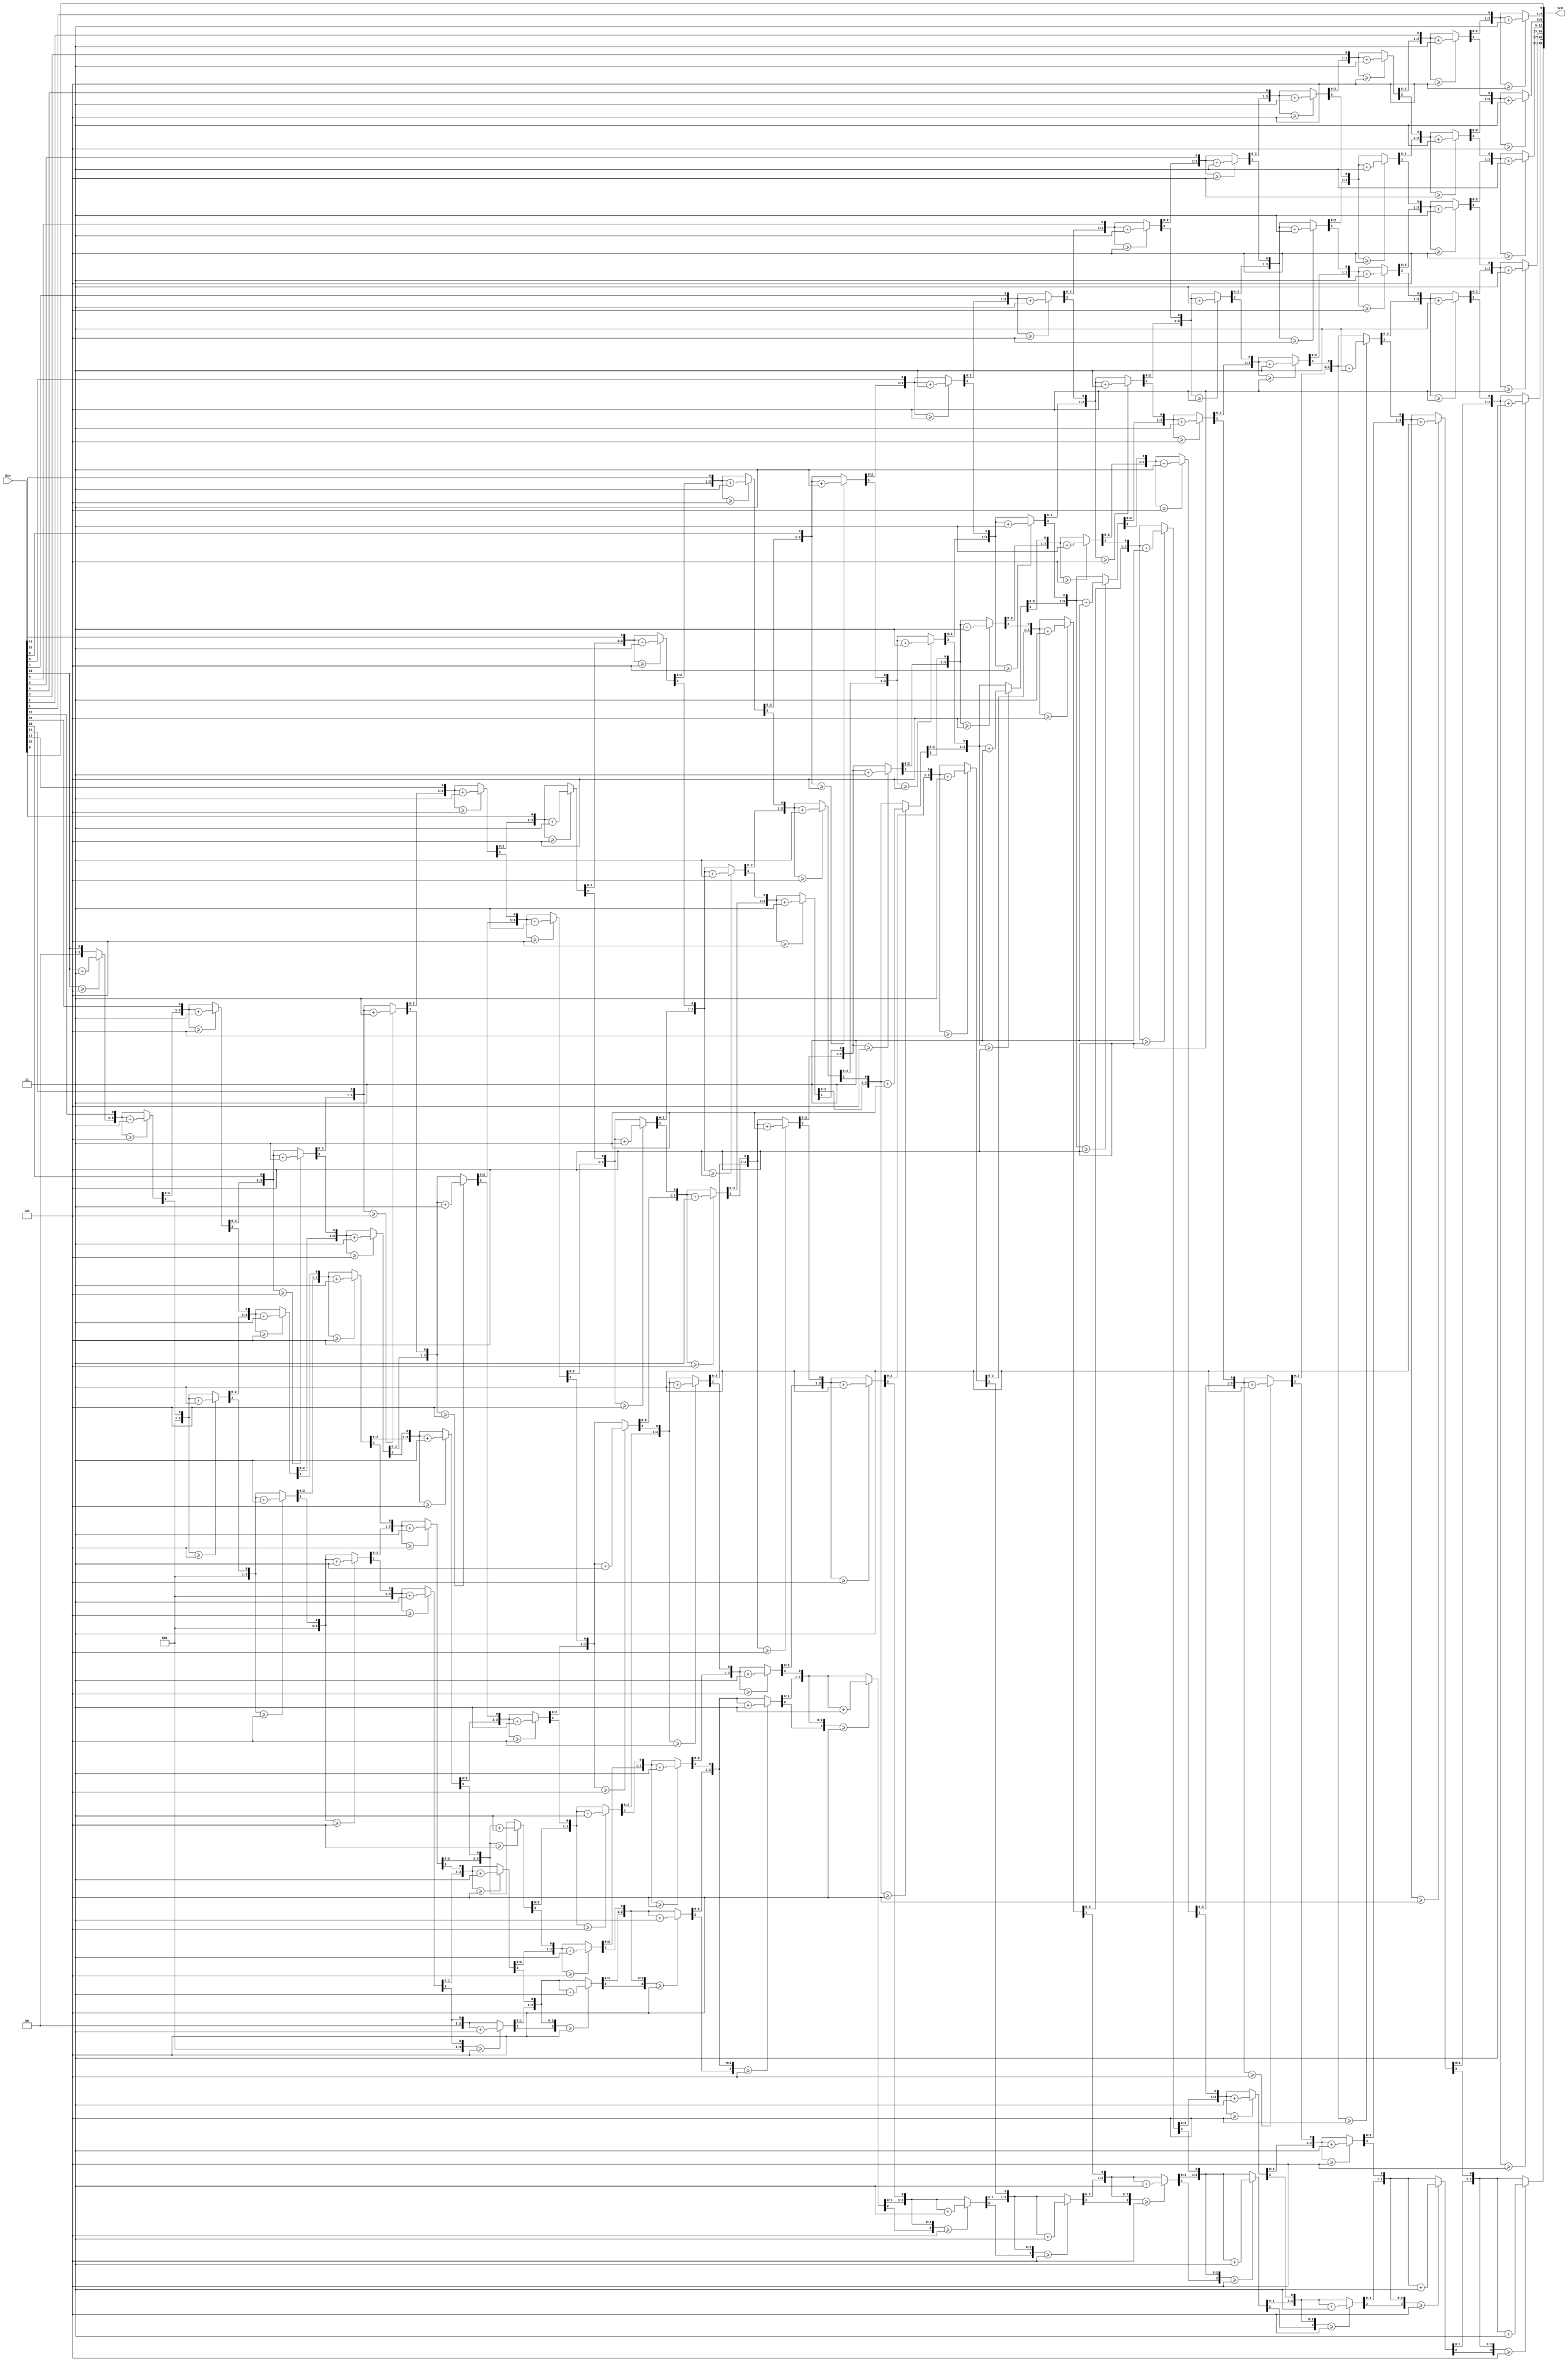
module bin2bcd_sequential
(
	input[18:0]bin,
	output reg[23:0] bcd);
	
	integer i;
	
	always @(bin) begin
	
	bcd = 0;
	
	for (i=0;i<19;i=i+1) begin
		if (bcd[3:0] >= 5) bcd[3:0] = bcd[3:0] + 3;
		if (bcd[7:4] >= 5) bcd[7:4] = bcd[7:4] + 3;
		if (bcd[11:8] >= 5) bcd[11:8] = bcd[11:8] + 3;
		if (bcd[15:12] >= 5) bcd[15:12] = bcd[15:12] + 3;
		if (bcd[19:16] >= 5) bcd[19:16] = bcd[19:16] + 3;
		if (bcd[23:20] >= 5) bcd[23:20] = bcd[23:20] + 3;
		bcd = {bcd[22:0],bin[18-i]};
	end
end

endmodule